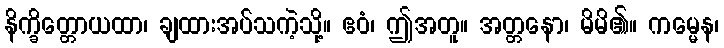
နိက္ခိတ္တောယထာ၊ ချထားအပ်သကဲ့သို့။ ဧဝံ၊ ဤအတူ။ အတ္တနော၊ မိမိ၏။ ကမ္မေန၊